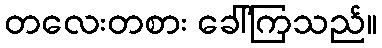
တလေးတစား ခေါ်ကြသည်။